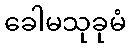
ခေါမသုခုမံ